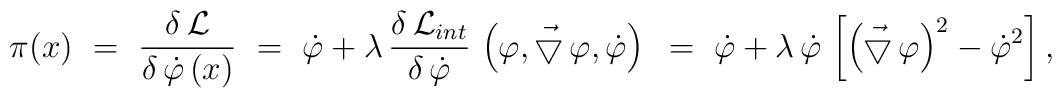
\pi (x) ~=~ \frac{\delta \, {\cal L}}{\delta\, \dot{\varphi}\, (x)}~=~\dot{\varphi} + \lambda\,\frac{\delta\,{\cal L}_{int}}{\delta\,\dot{\varphi}}\, \left(\varphi, \vec{\bigtriangledown}\,\varphi,\dot{\varphi}\right)~=~\dot{\varphi} +\lambda\, \dot{\varphi}\, \left[ \left(\vec{\bigtriangledown}\,\varphi\right)^2 - \dot{\varphi}^2\right],